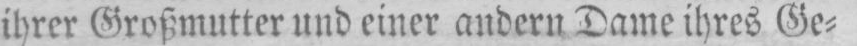
ihrer Großmutter und einer andern Dame ihres Ge⸗